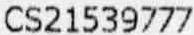
CS21539777